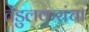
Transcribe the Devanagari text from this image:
तेंडुलकरांचा